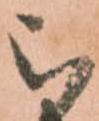
被